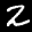
Label: 2